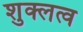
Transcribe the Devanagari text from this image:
शुक्लत्व